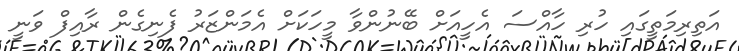
އަތިރިމަތީގައި ހުރި ހާއްސަ އެހީއަށް ބޭނުންވާ މީހަކަށް އެމަންޒަރު ފެނިގެން ރާއިފް ވަނީ